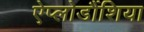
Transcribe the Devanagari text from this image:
ऐप्लोडौंशिया